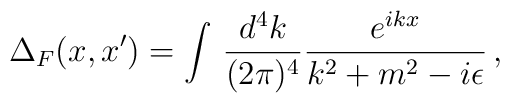
\Delta_F(x,x') = \int\,{d^4k\over (2\pi)^4}{e^{ikx}\over k^2 + m^2 -i\epsilon }\,,